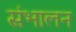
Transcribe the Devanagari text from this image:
संभालन